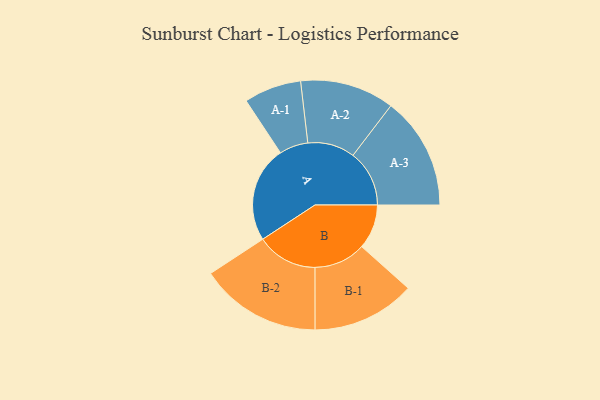
{"axis": {"x": "Segment", "y": "Value"}, "legend": ["", "A", "B"], "data": [{"x": "A", "y": 428, "type": ""}, {"x": "B", "y": 199, "type": ""}, {"x": "A-1", "y": 128, "type": "A"}, {"x": "A-2", "y": 210, "type": "A"}, {"x": "A-3", "y": 251, "type": "A"}, {"x": "B-1", "y": 230, "type": "B"}, {"x": "B-2", "y": 271, "type": "B"}]}